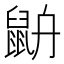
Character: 𪕄